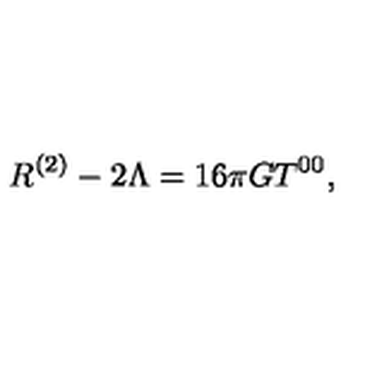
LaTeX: R ^ { ( 2 ) } - 2 \Lambda = 1 6 \pi G T ^ { 0 0 } ,